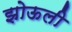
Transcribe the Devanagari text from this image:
झोऊली